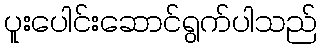
ပူးပေါင်းဆောင်ရွက်ပါသည်